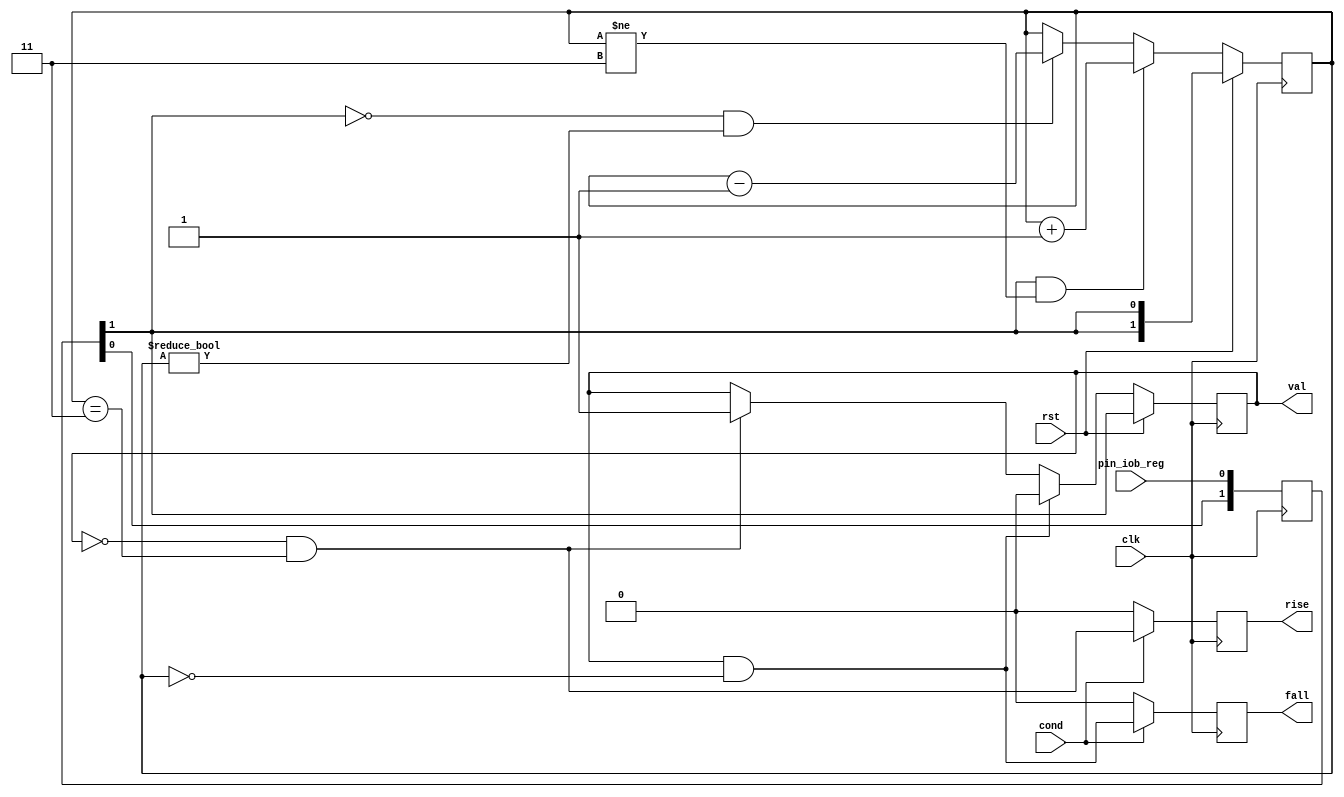
/*
 * glitch_filter.v
 *
 * vim: ts=4 sw=4
 *
 * Copyright (C) 2019  Sylvain Munaut <tnt@246tNt.com>
 * All rights reserved.
 *
 * BSD 3-clause, see LICENSE.bsd
 *
 * Redistribution and use in source and binary forms, with or without
 * modification, are permitted provided that the following conditions are met:
 *     * Redistributions of source code must retain the above copyright
 *       notice, this list of conditions and the following disclaimer.
 *     * Redistributions in binary form must reproduce the above copyright
 *       notice, this list of conditions and the following disclaimer in the
 *       documentation and/or other materials provided with the distribution.
 *     * Neither the name of the <organization> nor the
 *       names of its contributors may be used to endorse or promote products
 *       derived from this software without specific prior written permission.
 *
 * THIS SOFTWARE IS PROVIDED BY THE COPYRIGHT HOLDERS AND CONTRIBUTORS "AS IS" AND
 * ANY EXPRESS OR IMPLIED WARRANTIES, INCLUDING, BUT NOT LIMITED TO, THE IMPLIED
 * WARRANTIES OF MERCHANTABILITY AND FITNESS FOR A PARTICULAR PURPOSE ARE
 * DISCLAIMED. IN NO EVENT SHALL <COPYRIGHT HOLDER> BE LIABLE FOR ANY
 * DIRECT, INDIRECT, INCIDENTAL, SPECIAL, EXEMPLARY, OR CONSEQUENTIAL DAMAGES
 * (INCLUDING, BUT NOT LIMITED TO, PROCUREMENT OF SUBSTITUTE GOODS OR SERVICES;
 * LOSS OF USE, DATA, OR PROFITS; OR BUSINESS INTERRUPTION) HOWEVER CAUSED AND
 * ON ANY THEORY OF LIABILITY, WHETHER IN CONTRACT, STRICT LIABILITY, OR TORT
 * (INCLUDING NEGLIGENCE OR OTHERWISE) ARISING IN ANY WAY OUT OF THE USE OF THIS
 * SOFTWARE, EVEN IF ADVISED OF THE POSSIBILITY OF SUCH DAMAGE.
 */

`default_nettype none

module glitch_filter #(
	parameter integer L = 2
)(
	input wire  pin_iob_reg,
	input wire  cond,

	output wire val,
	output reg  rise,
	output reg  fall,

	input  wire clk,
	input  wire rst
);
	// Signals
	wire [L-1:0] all_zero;
	wire [L-1:0] all_one;
	wire [L-1:0] all_cur;

	reg [1:0] sync;
	reg state;
	reg [L-1:0] cnt;

	// Constants
	assign all_zero = { L{1'b0} };
	assign all_one  = { L{1'b1} };
	assign all_cur  = { L{sync[1]} };

	// Synchronizer
	always @(posedge clk)
		sync <= { sync[0], pin_iob_reg };

	// Filter
	always @(posedge clk)
		if (rst)
			cnt <= all_cur;
		else begin
			if (sync[1] & (cnt != all_one))
				cnt <= cnt + 1;
			else if (~sync[1] & (cnt != all_zero))
				cnt <= cnt - 1;
			else
				cnt <= cnt;
		end

	// State
	always @(posedge clk)
		if (rst)
			state <= sync[1];
		else begin
			if (state & cnt == all_zero)
				state <= 1'b0;
			else if (~state & cnt == all_one)
				state <= 1'b1;
			else
				state <= state;
		end

	assign val = state;

	// Rise / Fall detection
	always @(posedge clk)
	begin
		if (~cond) begin
			rise <= 1'b0;
			fall <= 1'b0;
		end else begin
			rise <= ~state & (cnt == all_one);
			fall <=  state & (cnt == all_zero);
		end
	end

endmodule // glitch_filter